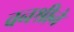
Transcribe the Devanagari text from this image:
वनश्रीने